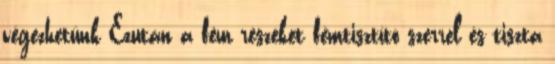
végezhetünk Ezután a fém részeket fémtisztító szerrel és tiszta